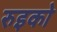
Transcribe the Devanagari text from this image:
रुइको